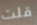
قلت